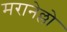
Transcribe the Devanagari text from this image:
मरानेल्लो